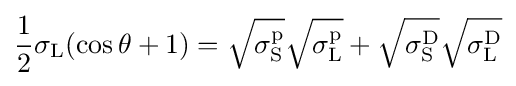
{\frac {1}{2}}\sigma _{\text{L}}(\cos \theta +1)={\sqrt {\sigma _{\text{S}}^{\text{p}}}}{\sqrt {\sigma _{\text{L}}^{\text{p}}}}+{\sqrt {\sigma _{\text{S}}^{\text{D}}}}{\sqrt {\sigma _{\text{L}}^{\text{D}}}}